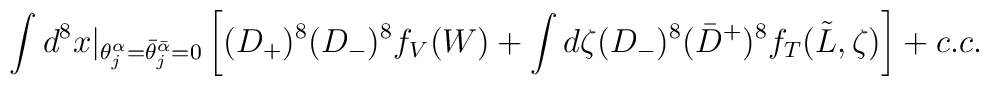
\int d^8 x\vert_{\theta^{\alpha}_j=\bar\theta^{\bar\alpha}_j=0}\left[ (D_+)^8 (D_-)^8 f_V(W)+\int d\zeta (D_-)^8 (\bar D^{+})^8 f_T(\tilde L,\zeta) \right]+c.c.